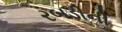
રબડીની